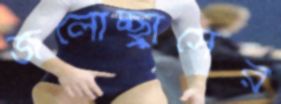
জলোচ্ছ্বাসের